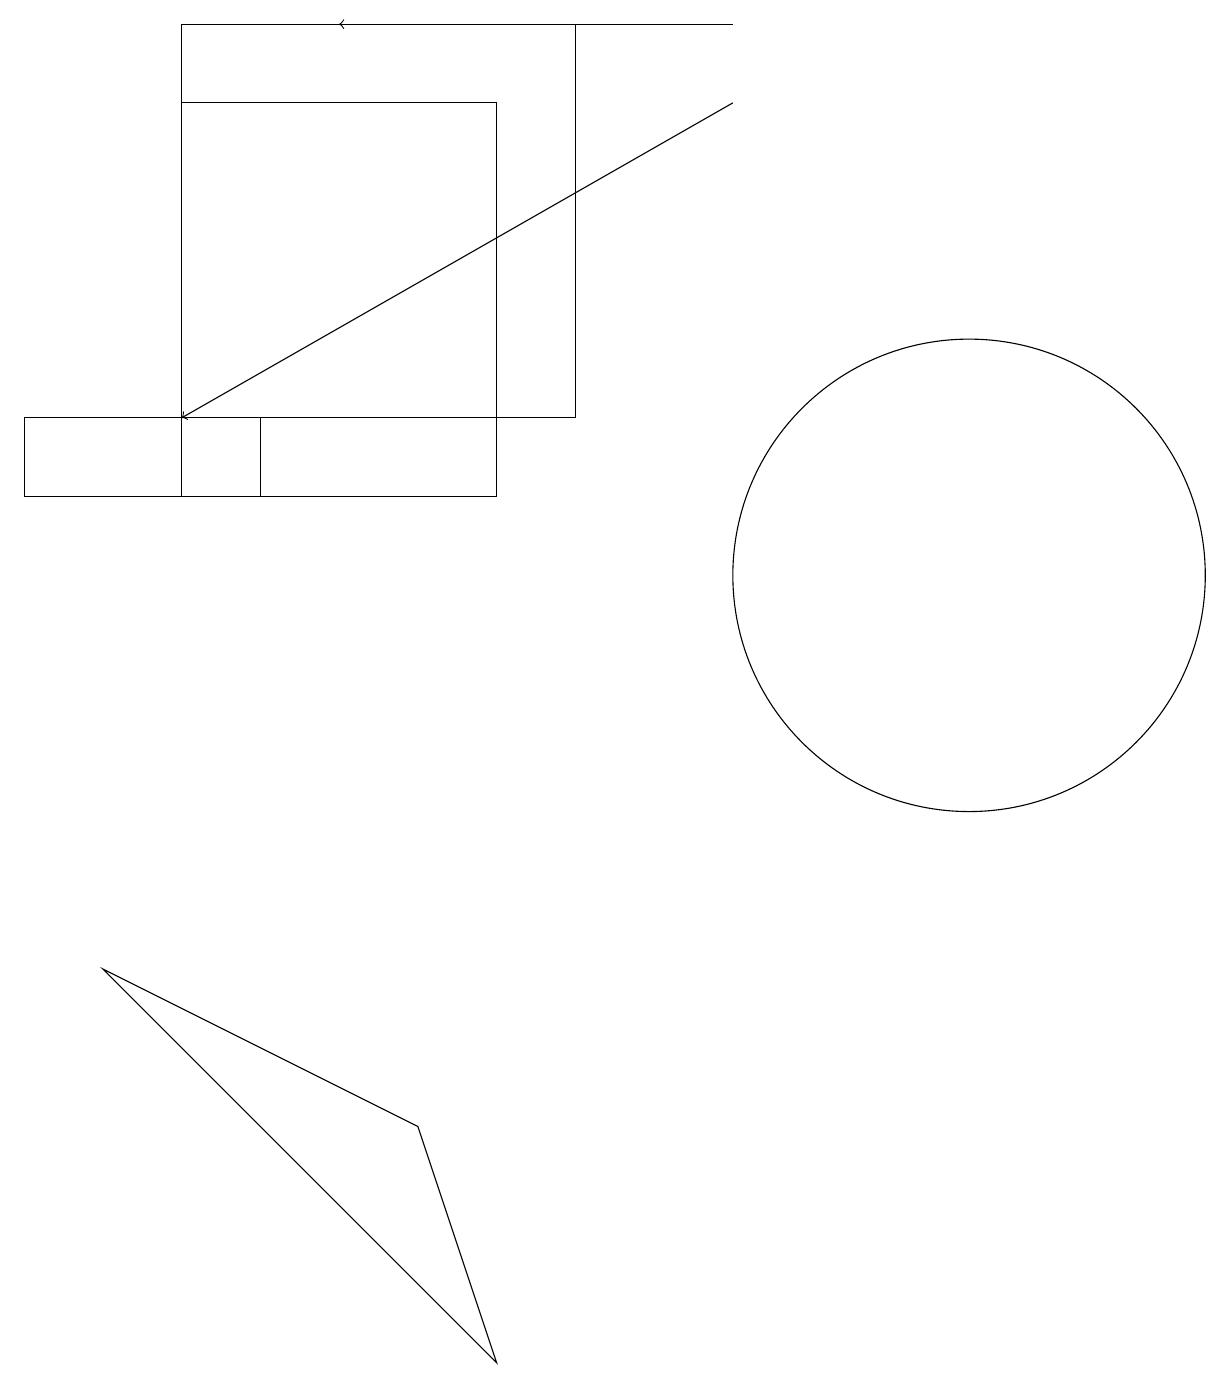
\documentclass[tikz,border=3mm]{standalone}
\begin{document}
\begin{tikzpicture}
\draw (3,12) rectangle (0,11);
\draw (6,0) -- (1,5) -- (5,3) -- cycle;
\draw[->] (9,17) -- (4,17);
\draw (12,10) circle (3);
\draw (6,16) rectangle (2,11);
\draw[->] (9,16) -- (2,12);
\draw (2,17) rectangle (7,12);
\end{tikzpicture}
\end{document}